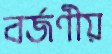
বর্জণীয়